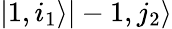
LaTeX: |1,i_{1}\rangle|-1,j_{2}\rangle